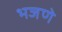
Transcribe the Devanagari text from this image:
भजणे